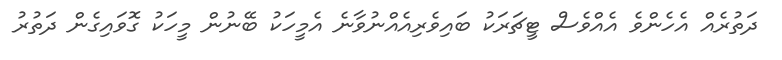
ދަތުރެއް އެހެންވެ އެއްވެސް ޓީޗަރަކު ބައިވެރިއެއްނުވާނެ އެމީހަކު ބޭނުން މީހަކު ގޮވައިގެން ދަތުރު